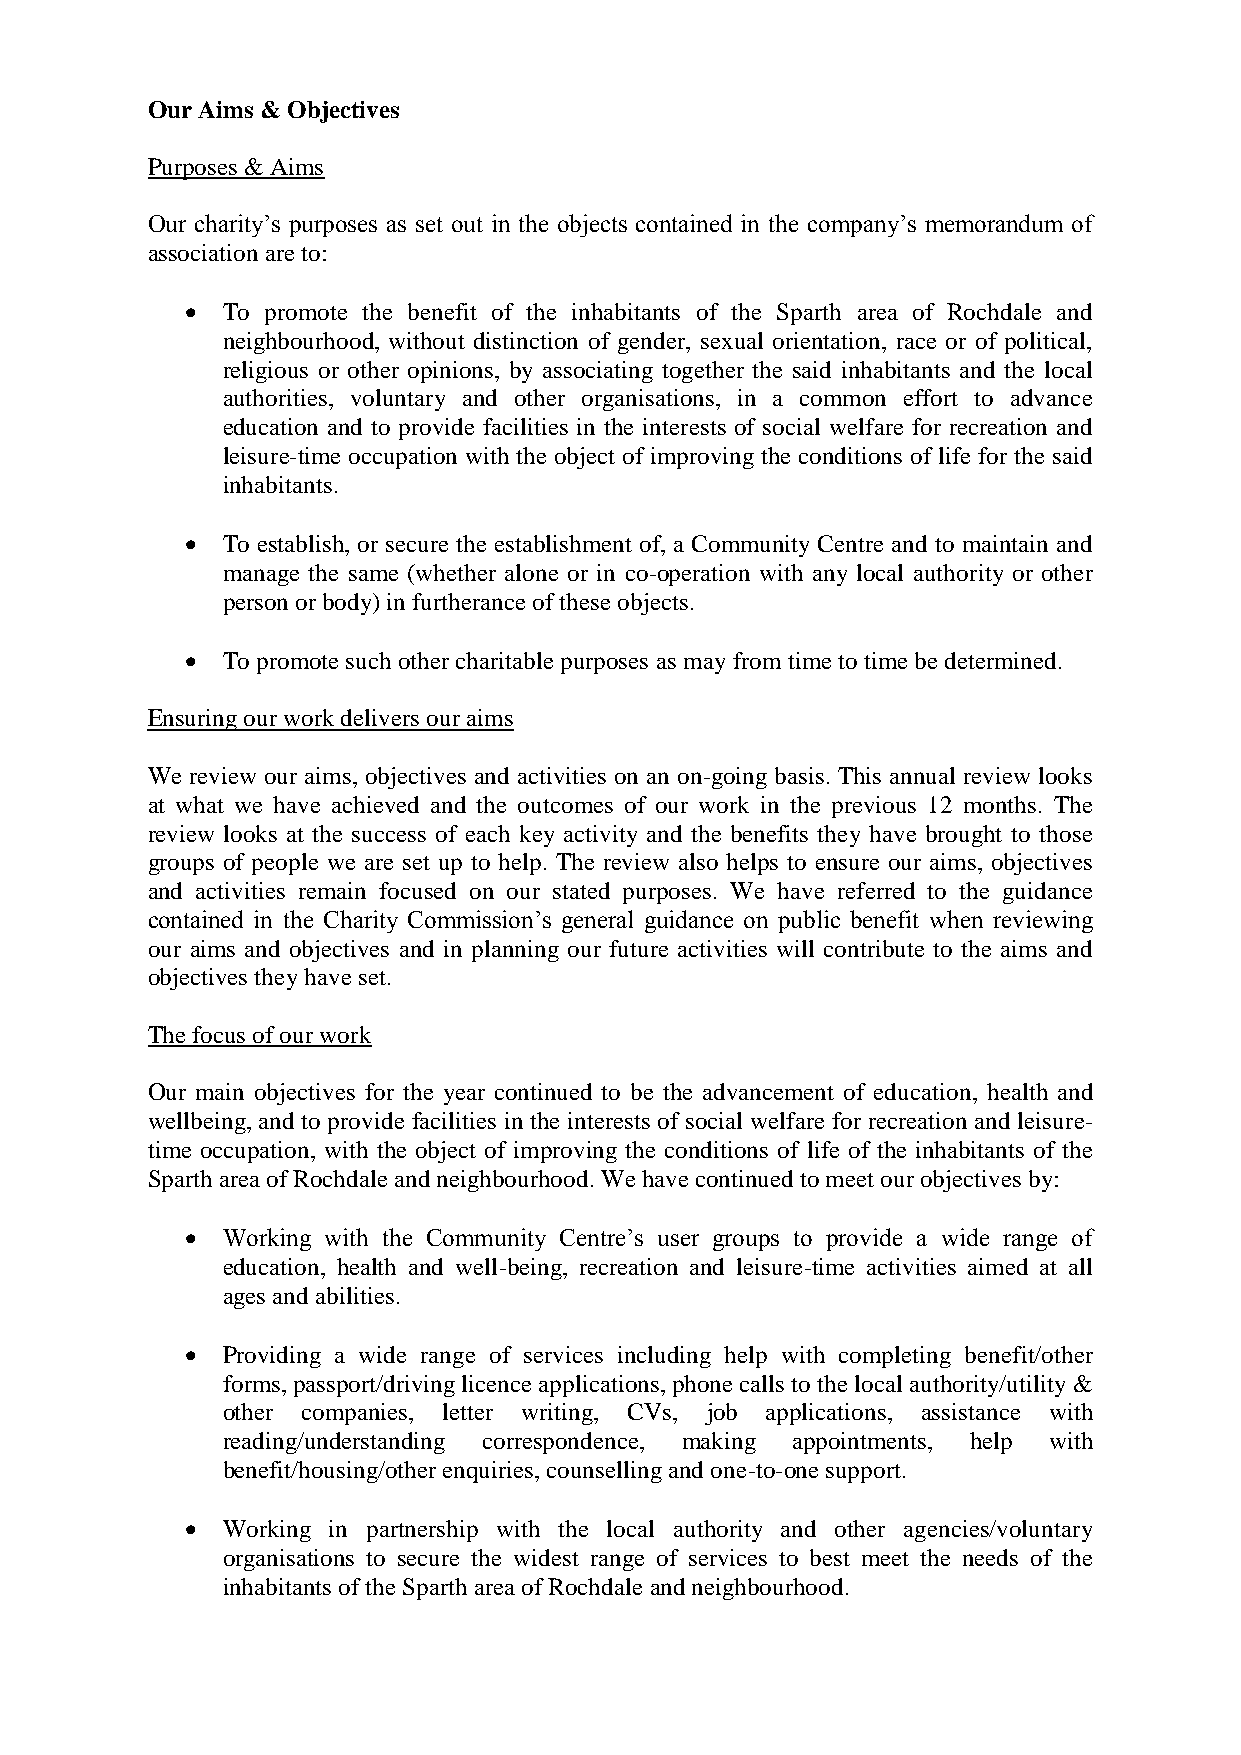
Our Aims & Objectives
 Purposes & Aims
 Our charity’s purposes as set out in the objects contained in the company’s memorandum of
 association are to:
   To promote the benefit of the inhabitants of the Sparth area of Rochdale and
 neighbourhood, without distinction of gender, sexual orientation, race or of political,
 religious or other opinions, by associating together the said inhabitants and the local
 authorities, voluntary and other organisations, in a common effort to advance
 education and to provide facilities in the interests of social welfare for recreation and
 leisure-time occupation with the object of improving the conditions of life for the said
 inhabitants.
   To establish, or secure the establishment of, a Community Centre and to maintain and
 manage the same (whether alone or in co-operation with any local authority or other
 person or body) in furtherance of these objects.
   To promote such other charitable purposes as may from time to time be determined.
 Ensuring our work delivers our aims
 We review our aims, objectives and activities on an on-going basis. This annual review looks
 at what we have achieved and the outcomes of our work in the previous 12 months. The
 review looks at the success of each key activity and the benefits they have brought to those
 groups of people we are set up to help. The review also helps to ensure our aims, objectives
 and activities remain focused on our stated purposes. We have referred to the guidance
 contained in the Charity Commission’s general guidance on public benefit when reviewing
 our aims and objectives and in planning our future activities will contribute to the aims and
 objectives they have set.
 The focus of our work
 Our main objectives for the year continued to be the advancement of education, health and
 wellbeing, and to provide facilities in the interests of social welfare for recreation and leisure-
 time occupation, with the object of improving the conditions of life of the inhabitants of the
 Sparth area of Rochdale and neighbourhood. We have continued to meet our objectives by:
   Working with the Community Centre’s user groups to provide a wide range of
 education, health and well-being, recreation and leisure-time activities aimed at all
 ages and abilities.
   Providing a wide range of services including help with completing benefit/other
 forms, passport/driving licence applications, phone calls to the local authority/utility &
 other companies, letter writing, CVs, job applications, assistance with
 reading/understanding correspondence, making appointments, help with
 benefit/housing/other enquiries, counselling and one-to-one support.
   Working in partnership with the local authority and other agencies/voluntary
 organisations to secure the widest range of services to best meet the needs of the
 inhabitants of the Sparth area of Rochdale and neighbourhood.